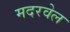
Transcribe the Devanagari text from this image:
मदरवेल